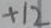
Text: +12